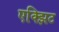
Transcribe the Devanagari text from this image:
एक्झिट